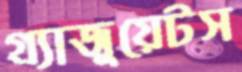
গ্র্যাজুয়েটস